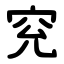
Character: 䆓